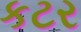
કટર